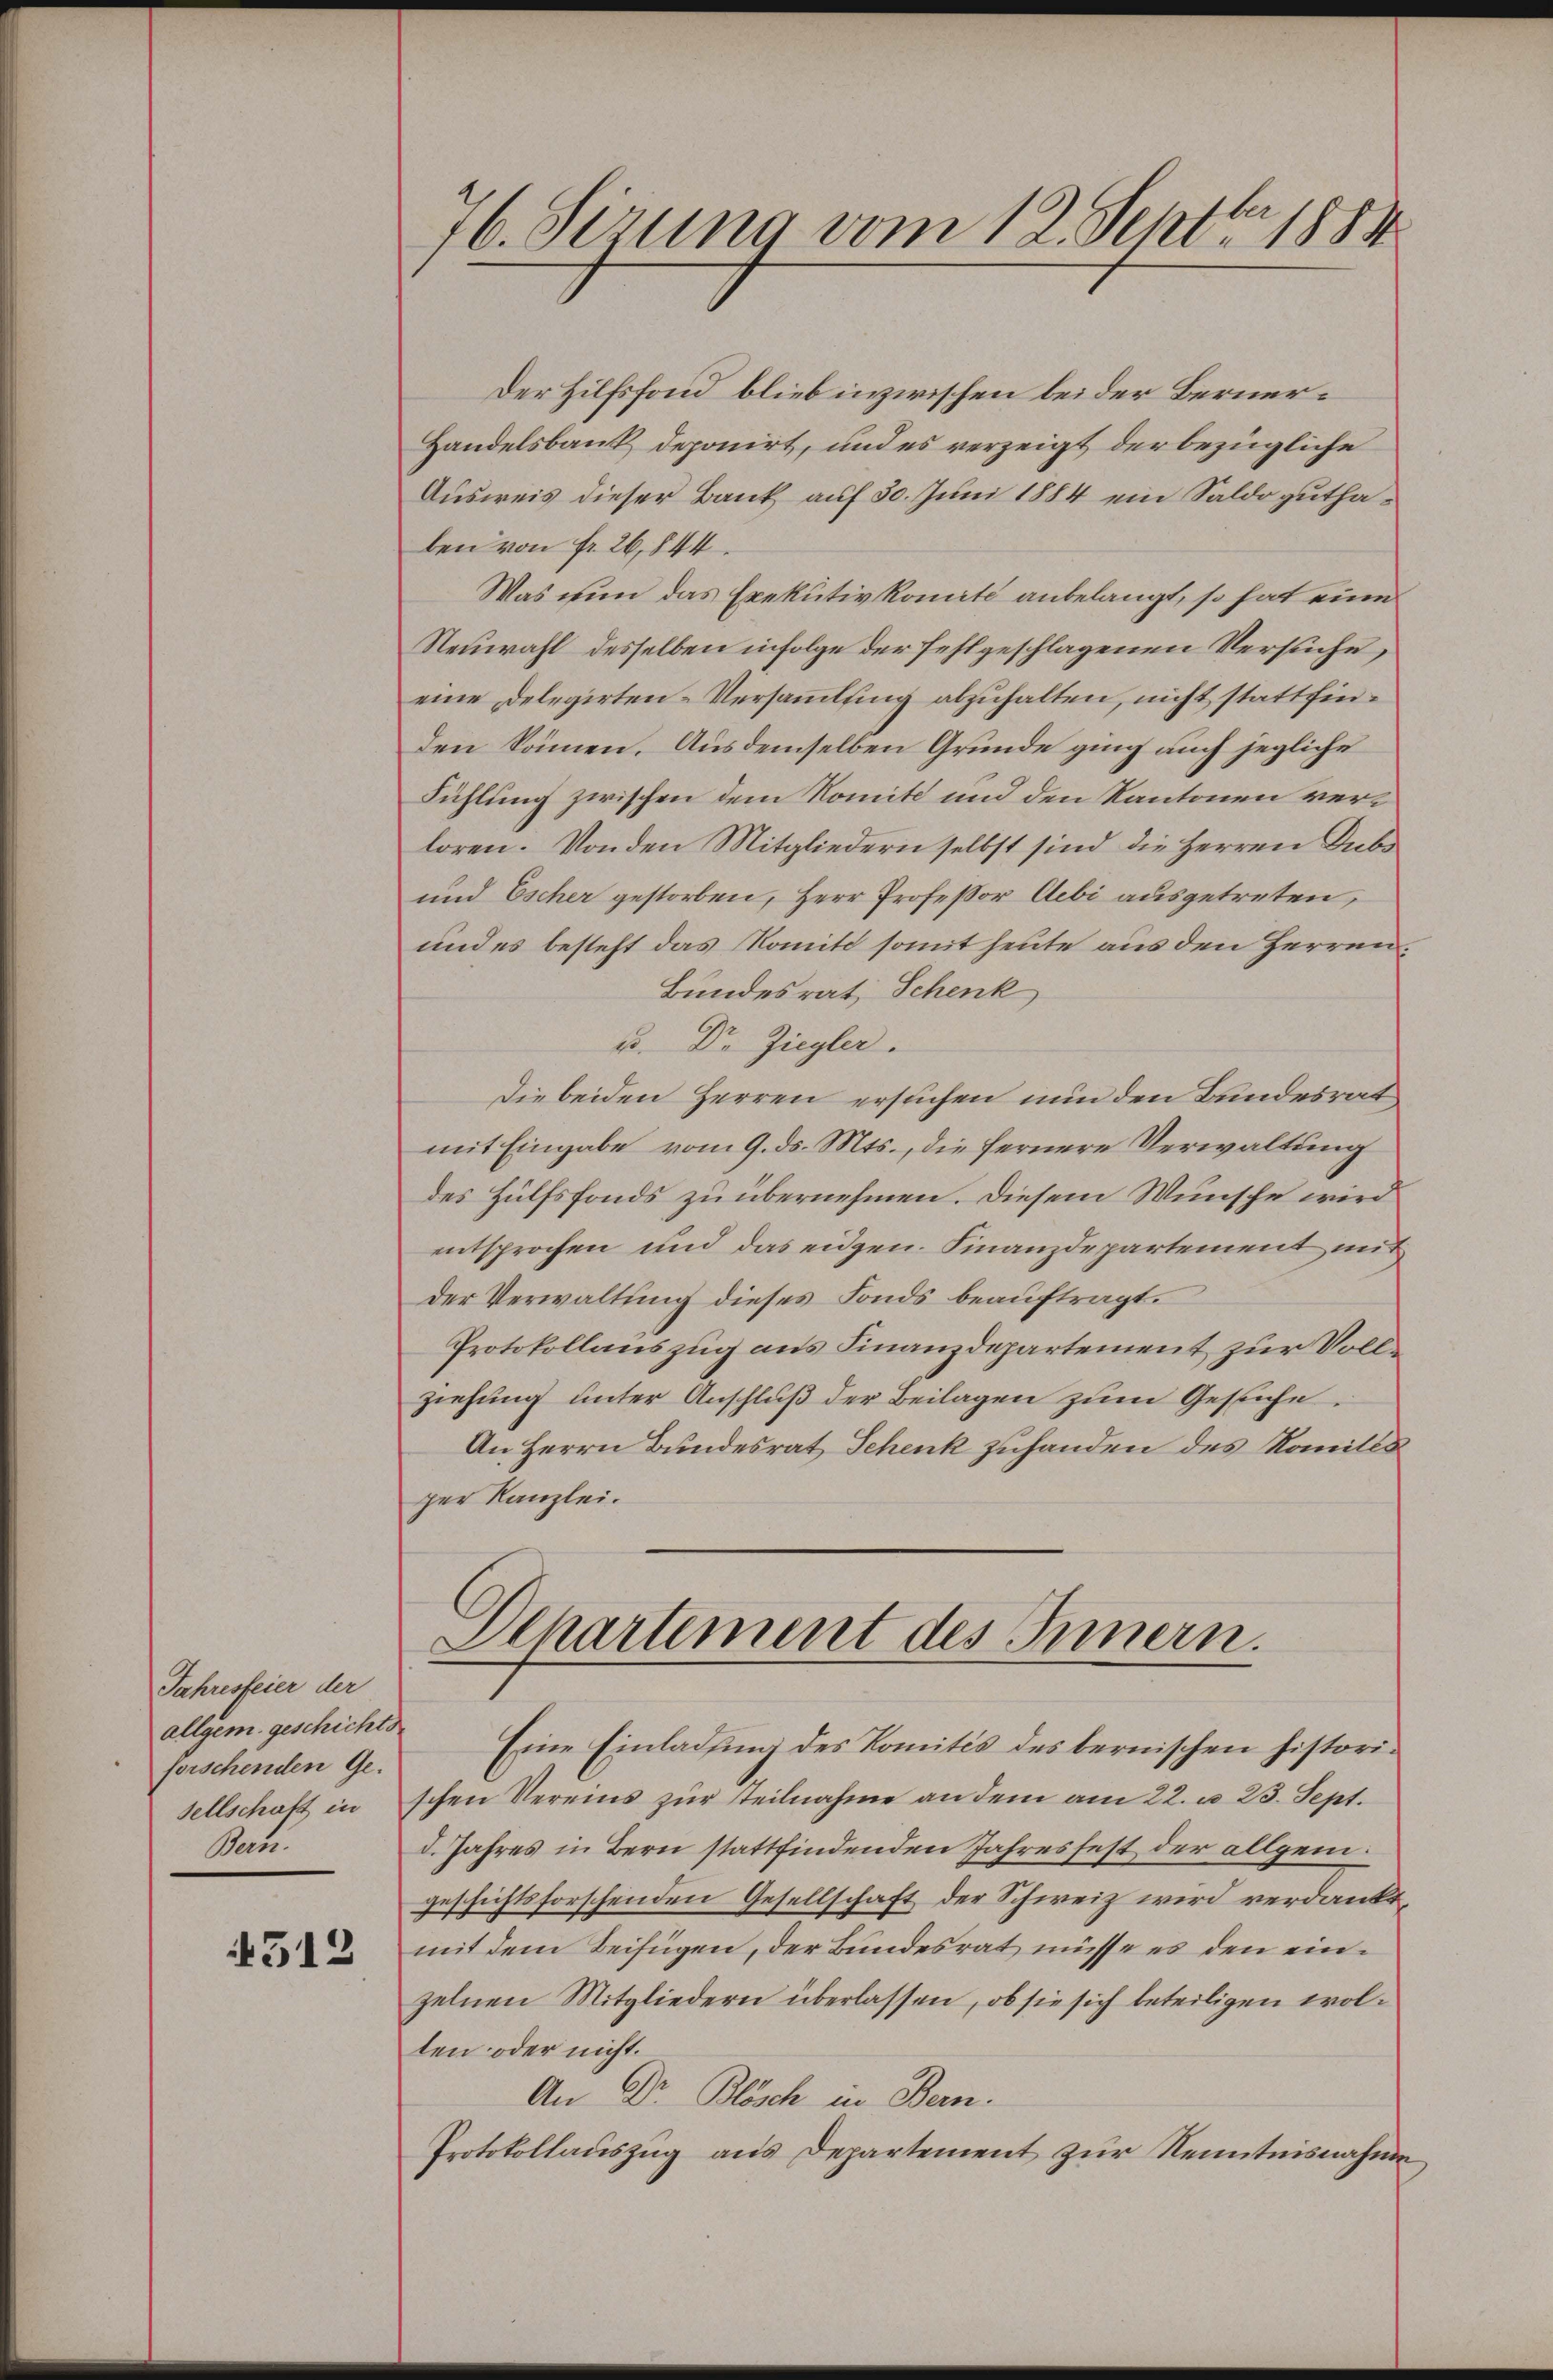
Jahresfeier der
allgem. geschichts
forschenden Ge-
sellschaft in
Mats.

4512

76. Sirung vom 12. Sept. 1888

Der Hilfsfond blieb inzwischen beider Berner¬
Handelsbank deponirt, und es verzeigt der bezügliche
Ausweis dieser Bank auf 30. Juni 1884 ein Saldoguthaben von fr. 26,844.
Was nun das Exekutivkomité anbelangt, so hat eine
Neuwahl desselben infolge der fehlgeschlagenen Versuche,
eine Delegirten-Versammlung abzuhalten, nicht stattfinden können. Ausdemselben Grunde ging auch jegliche
Fühlung zwischen dem Komite und den Kantonen verloren. Von den Mitgliedern selbst sind die Herren Subs
und Escher gestorben, Herr Profeßor Aebi ausgetreten,
und es besteht das Komité somit heute aus den Herren.
Bundesrat, Schenk
u. Dr. Ziegler.
die beiden Herren ersuchen nun den Bundesrat,
mit Eingabe vom 9. ds. Mts., die fernere Verwaltung
des Hülfsfonds zu übernehmen. Diesem Wunsche wird
entsprochen und das eidgen. Finanzdepartement mit
der Verwaltung dieses Fonds beauftragt.
Protokollauszug aus Finanzdepartement zur Vollziehung unter Anschluß der Beilagen zum Gesuche.
An Herrn Bundesrat Schenk zuhanden des Romills
per Kanzlei.

Ochartement des Innern.

Eine Einladung des Komités des bernischen historischen Vereins zur Teilnahme an dem am 22. u. 23. Sept.
d. Jahres in Bern stattfindenden Jahresfest der allgem.
geschichtsforschenden Gesellschaft der Schweiz wird verdankt
mit dem Beifügen, der Bundesrat müsse es den einzelnen Mitgliedern überlassen, ob sie sich beteiligen wolten oder nicht.
An Dr. Blösch in Bern.
Protokollauszug aus Departement zur Kenntnisnahme